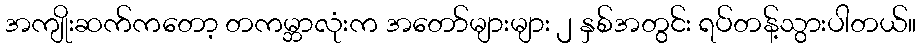
အကျိုးဆက်ကတော့ တကမ္ဘာလုံးက အတော်များများ ၂ နှစ်အတွင်း ရပ်တန့်သွားပါတယ်။